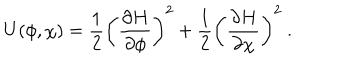
LaTeX: U ( \phi , \chi ) = \frac { 1 } { 2 } \left( \frac { \partial H } { \partial \phi } \right) ^ { 2 } + \frac { 1 } { 2 } \left( \frac { \partial H } { \partial \chi } \right) ^ { 2 } ~ .